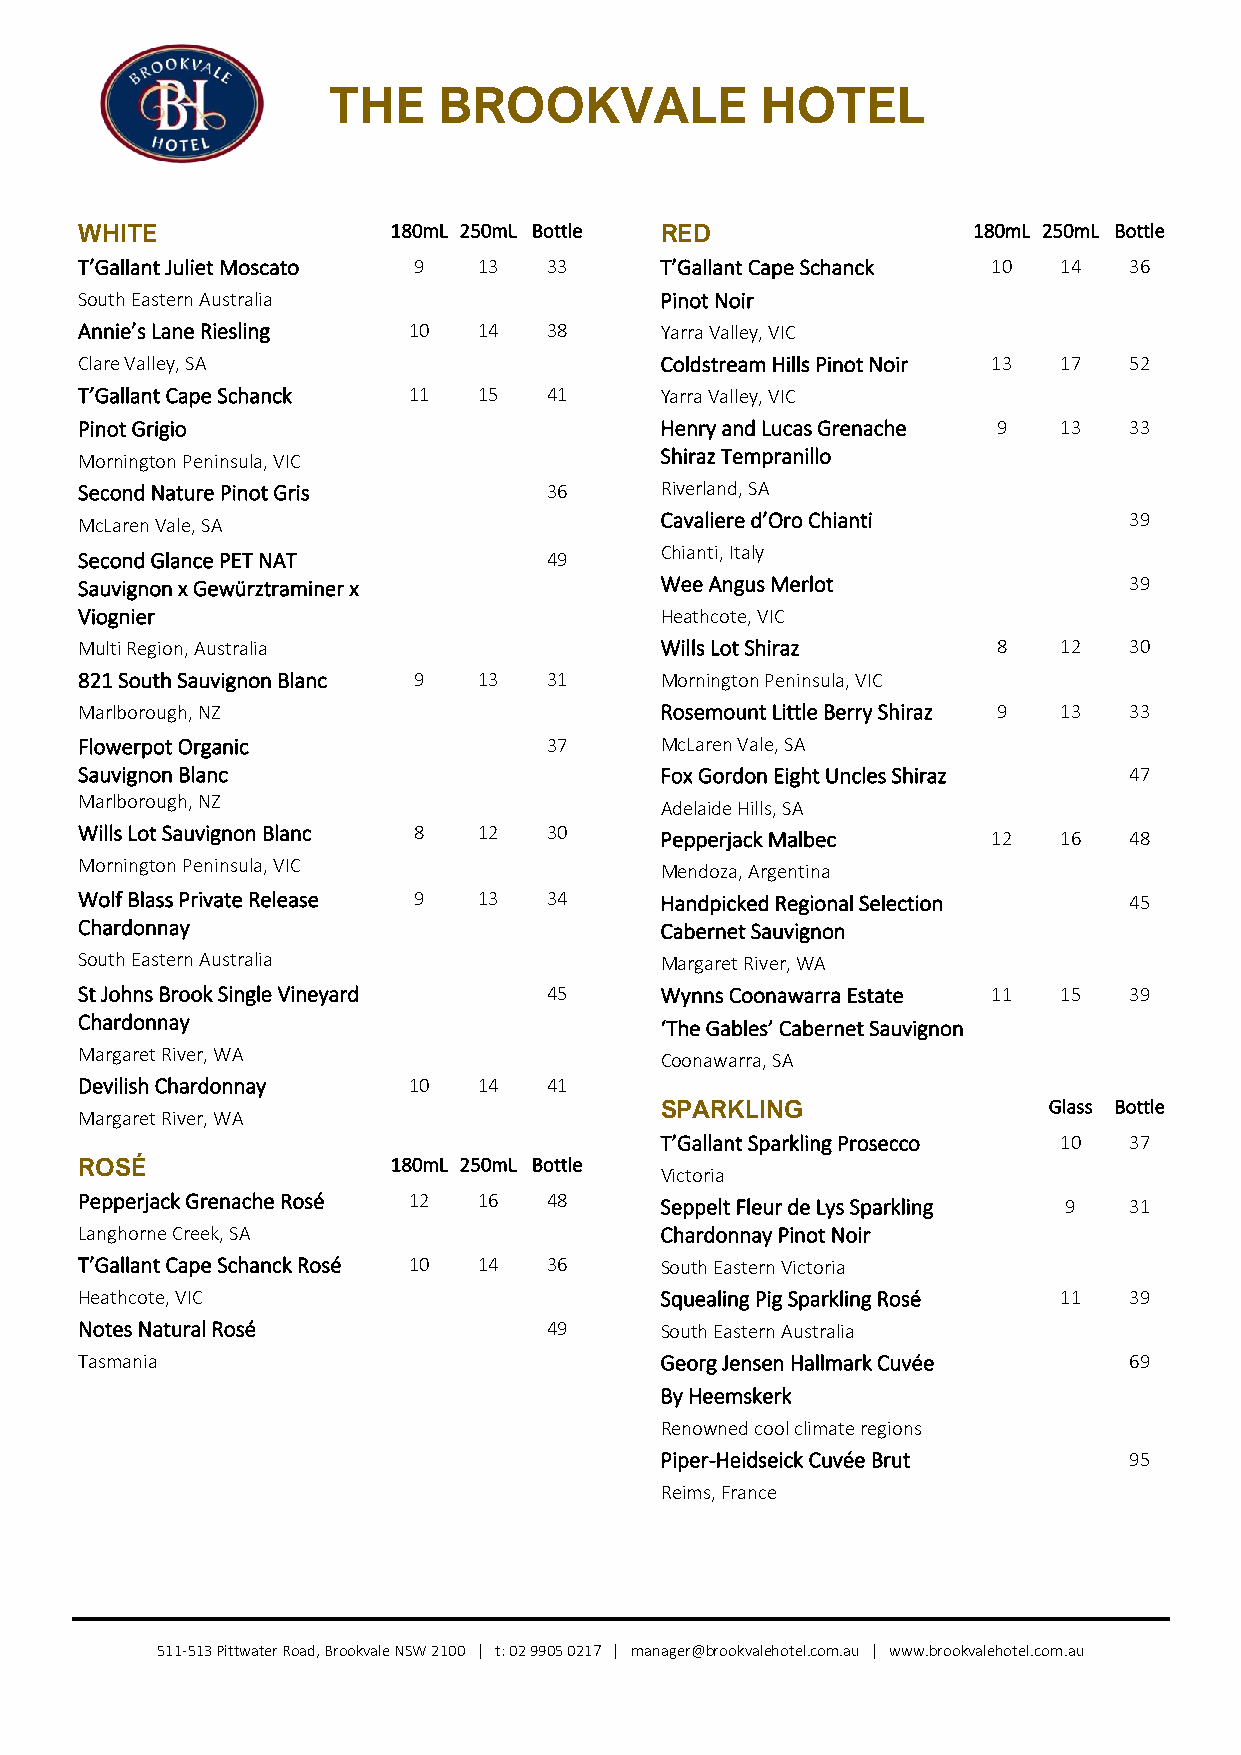
THE    BROOKVALE            HOTEL
 WHITE                180mL 250mL Bottle RED                180mL 250mL Bottle
 T’Gallant Juliet Moscato 9 13  33      T’Gallant Cape Schanck 10 14   36
 South Eastern Australia                Pinot Noir
 Annie’s Lane Riesling 10   14  38      Yarra Valley, VIC
 Clare Valley, SA                       Coldstream Hills Pinot Noir 13 17 52
 T’Gallant Cape Schanck 11  15  41      Yarra Valley, VIC
 Pinot Grigio                           Henry and Lucas Grenache 9 13  33
 Mornington Peninsula, VIC              Shiraz Tempranillo
 Second Nature Pinot Gris       36      Riverland, SA
 McLaren Vale, SA                       Cavaliere d’Oro Chianti        39
 Chianti, Italy
 Second Glance PET NAT          49
 Sauvignon x Gewürztraminer x           Wee Angus Merlot               39
 Viognier                               Heathcote, VIC
 Multi Region, Australia                Wills Lot Shiraz      8   12   30
 821 South Sauvignon Blanc 9 13 31      Mornington Peninsula, VIC
 Marlborough, NZ                        Rosemount Little Berry Shiraz 9 13 33
 Flowerpot Organic              37      McLaren Vale, SA
 Sauvignon Blanc                        Fox Gordon Eight Uncles Shiraz 47
 Marlborough, NZ                        Adelaide Hills, SA
 Wills Lot Sauvignon Blanc 8 12 30      Pepperjack Malbec     12  16   48
 Mornington Peninsula, VIC              Mendoza, Argentina
 Wolf Blass Private Release 9 13 34     Handpicked Regional Selection  45
 Chardonnay                             Cabernet Sauvignon
 South Eastern Australia                Margaret River, WA
 St Johns Brook Single Vineyard 45      Wynns Coonawarra Estate 11 15  39
 Chardonnay                             ‘The Gables’ Cabernet Sauvignon
 Margaret River, WA
 Coonawarra, SA
 Devilish Chardonnay   10   14  41
 SPARKLING                Glass Bottle
 Margaret River, WA
 T’Gallant Sparkling Prosecco 10 37
 ROSÉ                 180mL 250mL Bottle
 Victoria
 Pepperjack Grenache Rosé 12 16 48      Seppelt Fleur de Lys Sparkling 9 31
 Langhorne Creek, SA                    Chardonnay Pinot Noir
 T’Gallant Cape Schanck Rosé 10 14 36   South Eastern Victoria
 Heathcote, VIC                         Squealing Pig Sparkling Rosé 11 39
 Notes Natural Rosé             49      South Eastern Australia
 Tasmania                               Georg Jensen Hallmark Cuvée    69
 By Heemskerk
 Renowned cool climate regions
 Piper-Heidseick Cuvée Brut     95
 Reims, France
 511-513 Pittwater Road, Brookvale NSW 2100 | t: 02 9905 0217 | manager@brookvalehotel.com.au | www.brookvalehotel.com.au